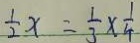
\frac { 1 } { 2 } x = \frac { 1 } { 3 } \times \frac { 1 } { 4 }